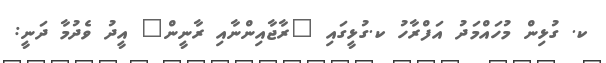
ކ. ގުޅިން މުހައްމަދު އަފްރާހު ކ.ގުޅީގައި "ރާޖާއިންނާއި ރާނީން" އީދު ވެދުމާ ދަނީ: